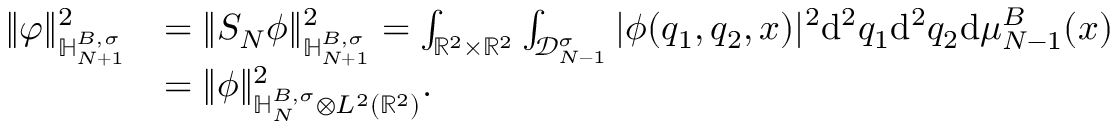
\begin{array} { r l } { \Vert \varphi \Vert _ { { \mathbb H } _ { N + 1 } ^ { B , \sigma } } ^ { 2 } } & { = \Vert S _ { N } \phi \Vert _ { { \mathbb H } _ { N + 1 } ^ { B , \sigma } } ^ { 2 } = \int _ { \mathbb R ^ { 2 } \times \mathbb R ^ { 2 } } \int _ { \mathscr D _ { N - 1 } ^ { \sigma } } \vert \phi ( q _ { 1 } , q _ { 2 } , x ) \vert ^ { 2 } \mathrm { d } ^ { 2 } q _ { 1 } \mathrm { d } ^ { 2 } q _ { 2 } \mathrm { d } \mu _ { N - 1 } ^ { B } ( x ) } \\ & { = \| \phi \| _ { { \mathbb H } _ { N } ^ { B , \sigma } \otimes L ^ { 2 } ( \mathbb R ^ { 2 } ) } ^ { 2 } . } \end{array}